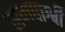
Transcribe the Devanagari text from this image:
समपार्श्वी